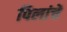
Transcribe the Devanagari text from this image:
पिलांचें